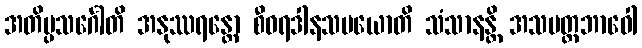
အတိပ္ပသင်္ဂေါတိ အနုဿရန္တော စီဝရဒါနသမယောတိ သံသာနန္တိ အသမတ္ထဘာဝေါ